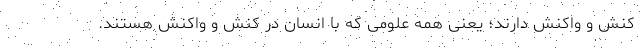
کنش و واکنش دارند؛ یعنی همه علومی که با انسان در کنش و واکنش هستند.